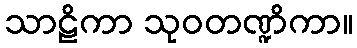
သာဠိကာ သုဝတဏ္ဍိကာ။